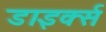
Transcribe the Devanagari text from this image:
डाइर्क्स